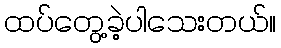
ထပ်တွေ့ခဲ့ပါသေးတယ်။